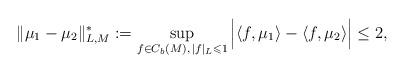
LaTeX: \begin{align*}\|\mu_1-\mu_2\|_{L,M}^*:=\sup_{f\in C_b (M),\, |f|_L\leqslant1}\Big|\langle f ,\mu_1\rangle-\langle f ,\mu_2\rangle\Big|\le2, \end{align*}